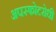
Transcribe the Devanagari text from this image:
अपस्फोटरोधी